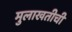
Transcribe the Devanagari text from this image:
मुलाखतीची